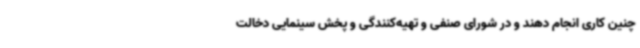
چنین کاری انجام دهند و در شورای صنفی و تهیه‌کنندگی و پخش سینمایی دخالت